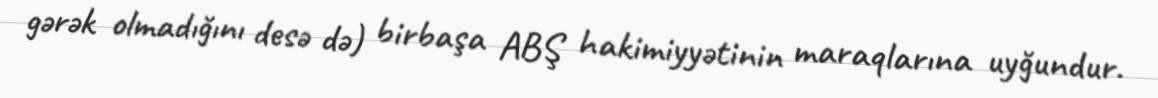
gərək olmadığını desə də) birbaşa ABŞ hakimiyyətinin maraqlarına uyğundur.